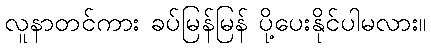
လူနာတင်ကား ခပ်မြန်မြန် ပို့ပေးနိုင်ပါမလား။